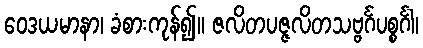
ဝေဒယမာနာ၊ ခံစားကုန်၍။ ဇလိတပဇ္ဇလိတသဗ္ဗင်္ဂပစ္စင်္ဂါ၊